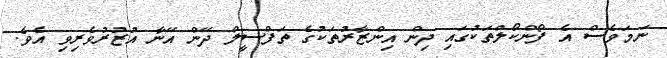
ނަމަވެސް އެ ފޯންކޯލްތަކުގައި ދިން އިންޒާރުތަކުގެ ތަފްސީލް ދޭން އޭނާ އުޒުރުވެރިވި އެވެ.